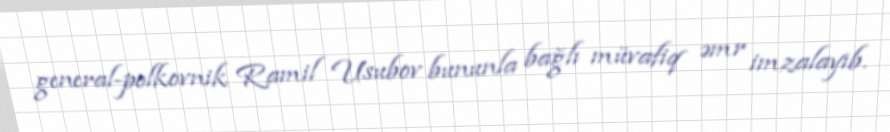
general-polkovnik Ramil Usubov bununla bağlı müvafiq əmr imzalayıb.